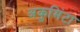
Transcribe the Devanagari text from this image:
अकुमिंटा